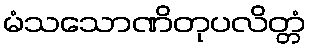
မံသသောဏိတုပလိတ္တံ